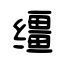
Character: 缰